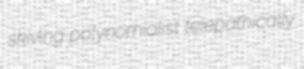
skiving polynomialist telepathically